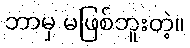
ဘာမှ မဖြစ်ဘူးတဲ့။